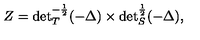
Z = { \det } _ { T } ^ { - \frac 1 2 } ( - \Delta ) \times { \det } _ { S } ^ { \frac 1 2 } ( - \Delta ) ,